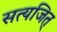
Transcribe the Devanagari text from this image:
सत्यजित्‌